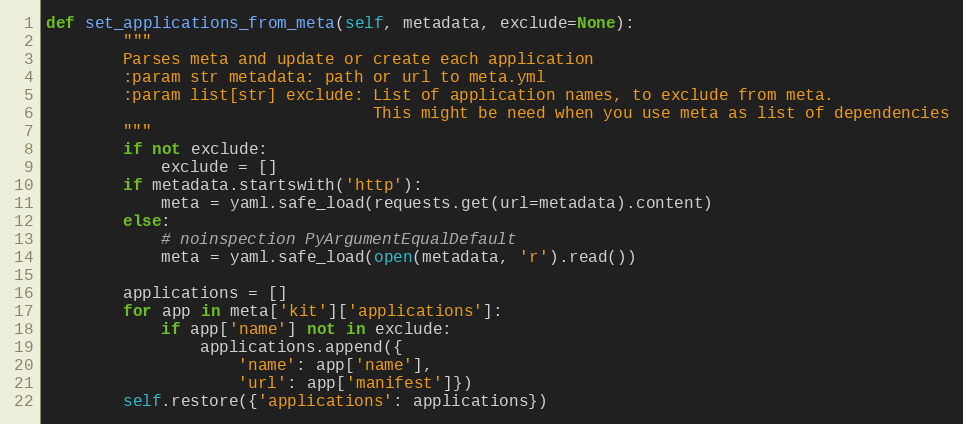
Language: Python
def set_applications_from_meta(self, metadata, exclude=None):
        """
        Parses meta and update or create each application
        :param str metadata: path or url to meta.yml
        :param list[str] exclude: List of application names, to exclude from meta.
                                  This might be need when you use meta as list of dependencies
        """
        if not exclude:
            exclude = []
        if metadata.startswith('http'):
            meta = yaml.safe_load(requests.get(url=metadata).content)
        else:
            # noinspection PyArgumentEqualDefault
            meta = yaml.safe_load(open(metadata, 'r').read())

        applications = []
        for app in meta['kit']['applications']:
            if app['name'] not in exclude:
                applications.append({
                    'name': app['name'],
                    'url': app['manifest']})
        self.restore({'applications': applications})